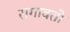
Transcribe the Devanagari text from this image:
रागावतो